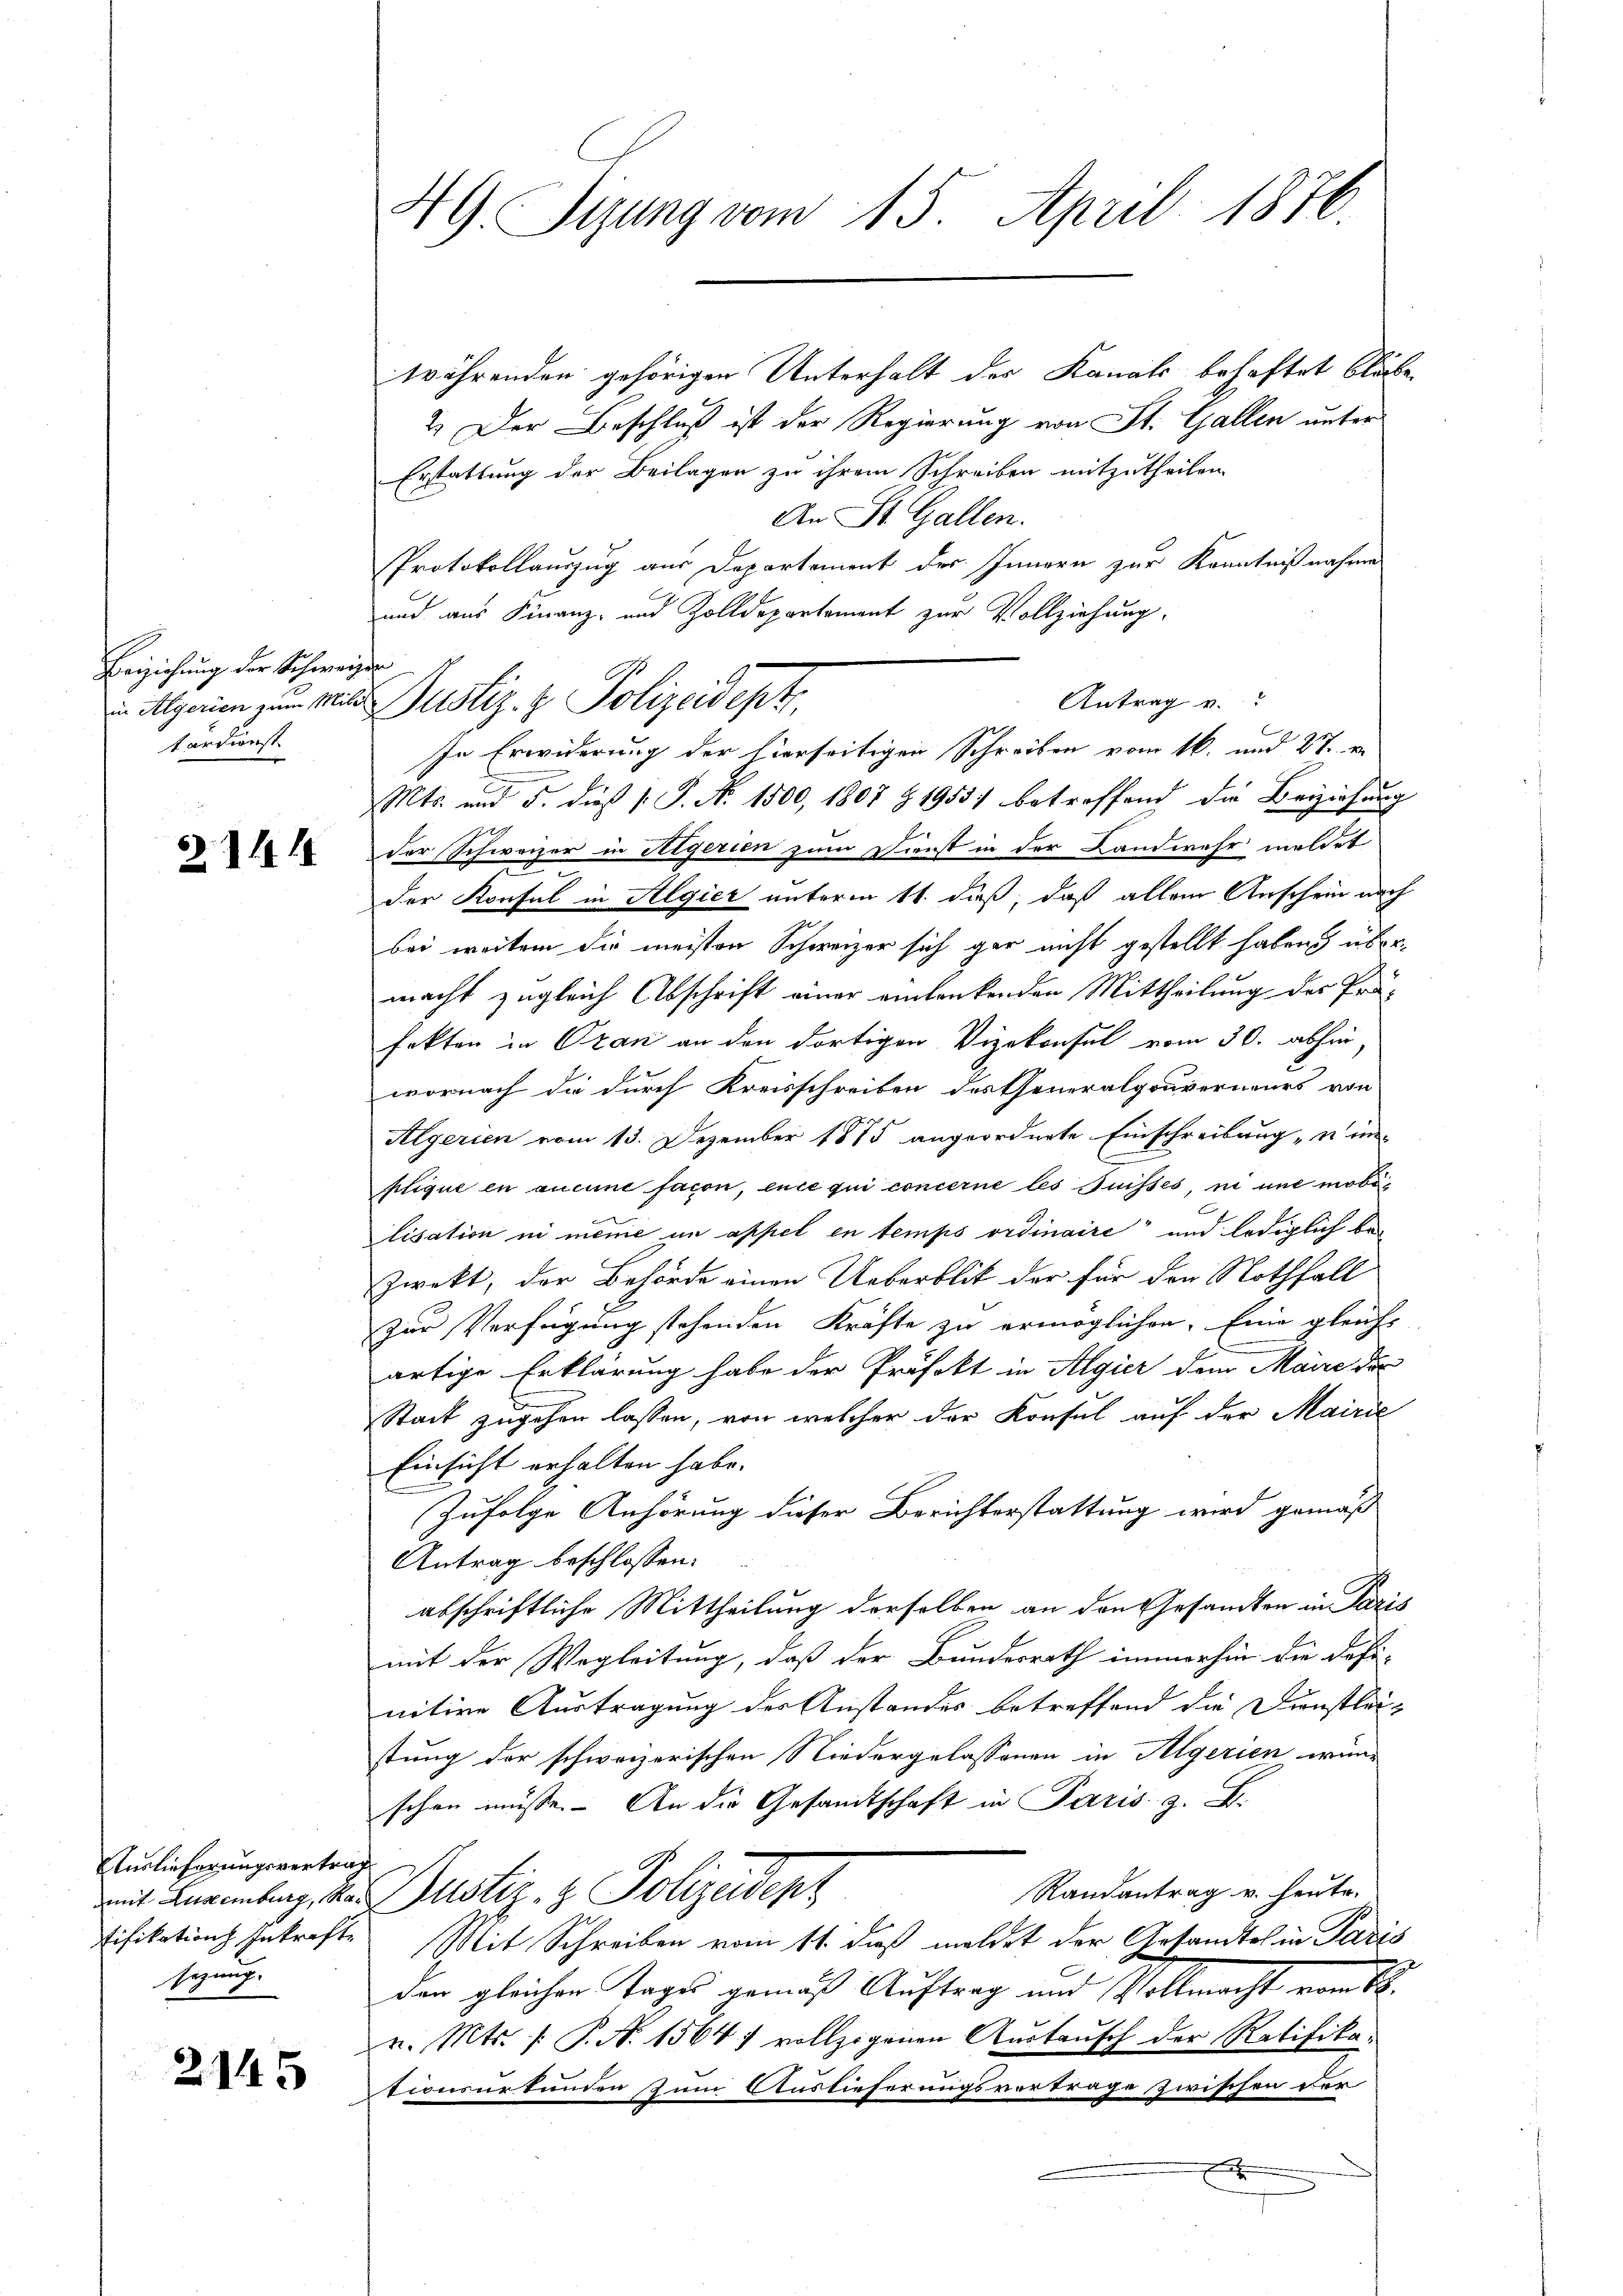
Beiziehung der Schweiz
tortionst

2141

Auslieferungsvertrag
tifikation Inkrafte
sizung.

2145

49. Pyung vom 15. April 1876

währenden gehörigen Unterhalt des Kanals behaftet bleibe.
2.) Der Beschluß ist der Regierung von St. Gallen unter
Erstattung der Beilagen zu ihrem Schreiben mitzutheilen.
An St. Gallen.
Protokollauszug aus Departement des Innern zur Kenntnißnahme
und aus Finanz- und Zolldepartement zur Vollziehung.
In Erwiderung der hierseitigen Schreiben vom 16. und 27. v.
Mts. und 5. dieß P. Nr. 1500, 1807 § 1955) betreffend die Beziehung
der Schweizer in Aegerien zum Dienst in der Landwehr meldet
der Konsul in Algier unterm 11. daß, daß allein Anschein nach
bei weiter die meisten Schweizer sich gar nicht gestellt haben übermacht zugleich Abschrift einer einlenkenden Mittheilung des Präfekten in Oran an den dortigen Vizekonsul vom 30. abhin
wornach die durch Kreisschreiben des Generalgouverneurs von
Algerien vom 13. Dezember 1875 angeordnete Einschreibung u in-
plique en aucune facon, ence qui concerne les Suisses, ni une mobilisation in meine in appel en temps ordinaire und lediglich be¬
Zwekt, der Behörde einen Ueberblit der für den Nothfall
zur Verfügung stehenden Kräfte zu ermöglichen. Eine gleich-
artige Erklärung habe der Präfekt in Algier dem Maire der
Stack zugehen lassen, von welcher der Konsul auf der Mairić
Einsicht erhalten habe.
Zufolge Anhörung dieser Berichterstattung wird gemäß
Antrag beschlossen:
abschriftliche Mittheilung derselben an den Gesandten in Paris
mit der Wegleitung, daß der Bundesrath immerhin die Defi-
nitive Austragung des Anstandes betreffend die Dienstlei-
stung der schweizerischen Niedergelassenen in Algerien wün-
schen müsse. An die Gesandtschaft in Paris. z. B.
Randantrag v. heute.
mit Augenburg, der Justiz- & Polizeidenz
Mit Schreiben vom 11. dieß meldet der Gesandtes in Paris
den gleichen Tages gemäß Auftrag und Vollmacht vom St.
v. Mts. /: P. N. 1564 1 vollzogenen Aŭstaŭsch der Ratifika-
tionsurkunden zum Auslieferungsverträge zwischen der

irfen
Antrag u.
in Agenen zum Miter Justiz- & Polizeidept,